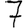
Digit: 7